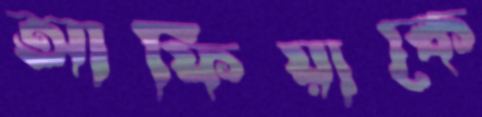
আফিয়াকে